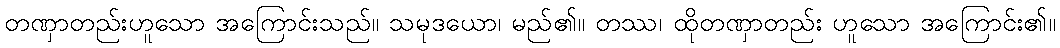
တဏှာတည်းဟူသော အကြောင်းသည်။ သမုဒယော၊ မည်၏။ တဿ၊ ထိုတဏှာတည်း ဟူသော အကြောင်း၏။